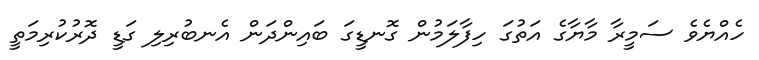
ހެއްޔެވެ ސަމީރާ މާޔާގެ އަތުގަ ހިފާލަމުން ގޮނޑީގަ ބައިންދަން އެނބުރިލި ގަޑީ ދޮރުކުރިމަތީ